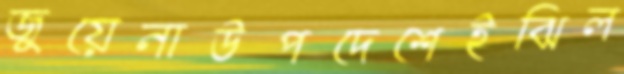
জুয়েনাউপদেশেইঝিল